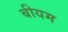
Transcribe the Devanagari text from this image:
बीयम